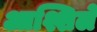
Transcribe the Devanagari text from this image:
आश्शिले